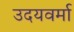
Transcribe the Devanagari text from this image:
उदयवर्मा